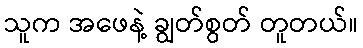
သူက အဖေနဲ့ ချွတ်စွတ် တူတယ်။